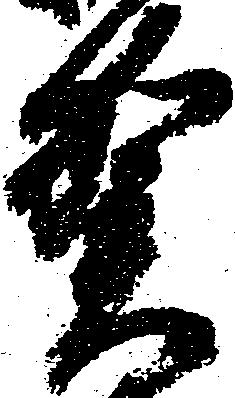
賀